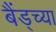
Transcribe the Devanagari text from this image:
बैंड्च्या